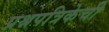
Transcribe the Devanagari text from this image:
प्रश्नपत्रिकेची